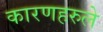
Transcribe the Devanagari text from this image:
कारणहरुले